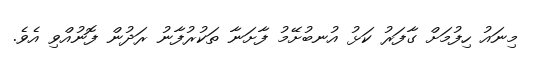
މިނައު ހިފުމަށް ގާފަރު ކަޅު އުނބުށޭމު ފާށަނާ ތަކުރުފާނު ރަދުން ފޮނުއްވި އެވެ.